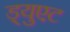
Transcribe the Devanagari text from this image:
ड्युएट